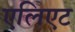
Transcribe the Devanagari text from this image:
एलिएट